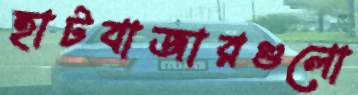
হাটবাজারগুলো